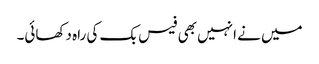
میں نے انہیں بھی فیس بک کی راہ دکھائی۔